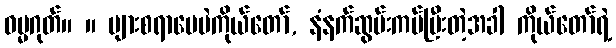
ဓမ္မဂုတ်။ ။ များစရာပေပဲကိုယ်တော်, နံနက်ဆွမ်းကပ်ပြီးတဲ့အခါ ကိုယ်တော်ရဲ့